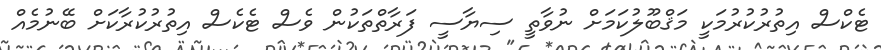
ޓެކްސް އިތުރުކުރުމަކީ މަޤްބޫލުކަމަށް ނުވާތީ ސިޔާސީ ފަރާތްތަކުން ވެސް ޓެކެސް އިތުރުކުރާކަށް ބޭނުމެއް